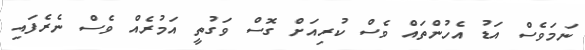
ނަމަވެސް އަޑު އެހުންތައް ވެސް ކުރިއަށް ގޮސް ވަގުތީ އަމުރެއް ވެސް ނެރެފައި